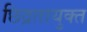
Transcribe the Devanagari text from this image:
छिद्रतायुक्त